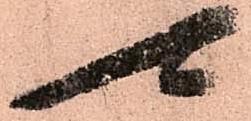
可